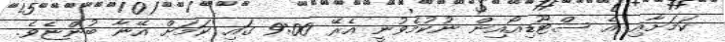
ކަމަށާއި އެ ސްޓޫޑިއޯއިން ނުކުމެވުނީ އެރޭ 9:00 ގައި ކަމަށް އޭނާ ބުންޏެވެ.